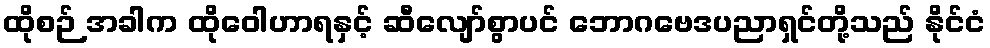
ထိုစဉ် အခါက ထိုဝေါဟာရနှင့် ဆီလျော်စွာပင် ဘောဂဗေဒပညာရှင်တို့သည် နိုင်ငံ